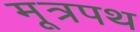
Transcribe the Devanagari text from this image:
मूत्रपथ